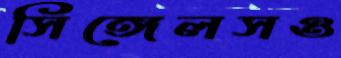
সিঙ্গেলসও